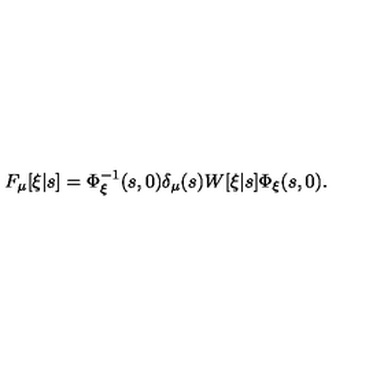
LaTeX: F _ { \mu } [ \xi | s ] = \Phi _ { \xi } ^ { - 1 } ( s , 0 ) \delta _ { \mu } ( s ) W [ \xi | s ] \Phi _ { \xi } ( s , 0 ) .